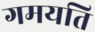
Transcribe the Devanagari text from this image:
गमयति